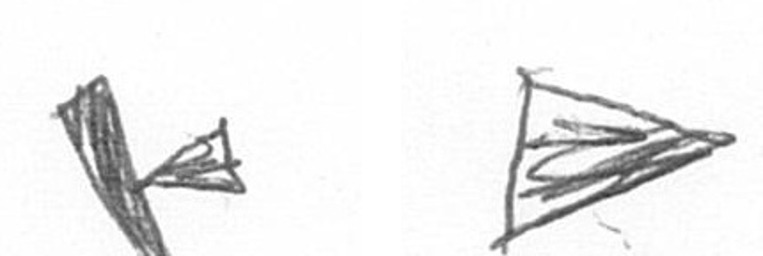
F T